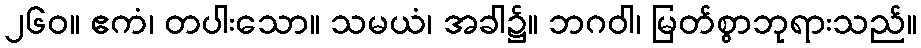
၂၆၀။ ဧကံ၊ တပါးသော။ သမယံ၊ အခါ၌။ ဘဂဝါ၊ မြတ်စွာဘုရားသည်။